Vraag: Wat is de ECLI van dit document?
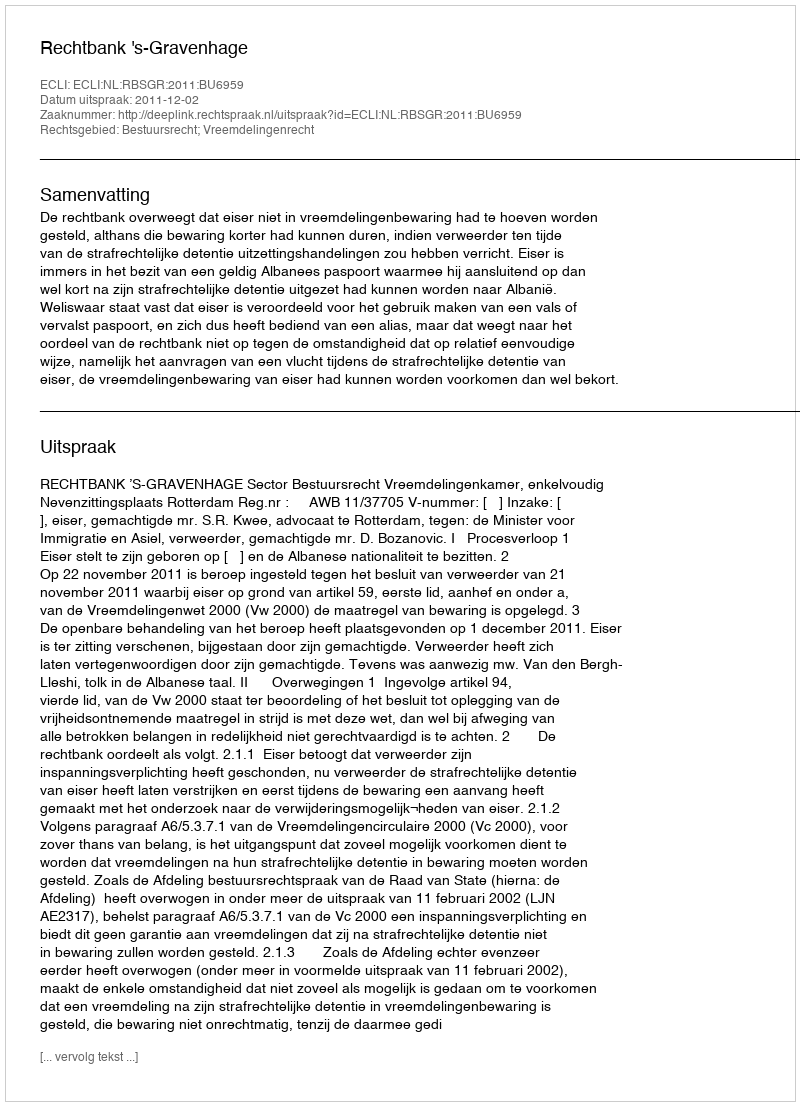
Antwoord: ECLI:NL:RBSGR:2011:BU6959